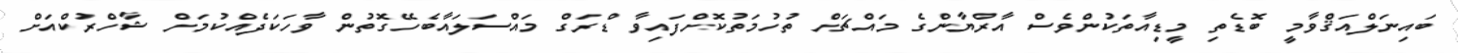
ބައިނަލްއަޤްވާމީ ބޮޑެތި މީޑިއާތަކުންވެސް އާރްޔާންގެ މައްޗަށް ތުހުމަތުކޮށްފައިވާ ޑްރަގް މައްސަލައާބެހޭގޮތުން ވާހަކަދެއްކުމަށް ޝާހްރުކްއަށް